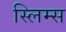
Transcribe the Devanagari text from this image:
स्लिम्स